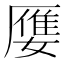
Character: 𮰒